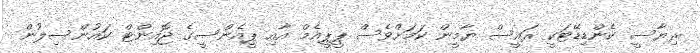
ރިޔާސީ ކެންޑިޑޭޓަކީ ރައީސް ޔާމީން ކަމަށްވެސް ޕީޕީއެމް އާއި ޕީއެންސީގެ ޖޮއިންޓް ކައުންސިލުން